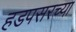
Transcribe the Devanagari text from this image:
हडपसरच्या